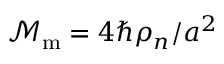
\mathcal { M } _ { \mathrm { m } } = { { 4 \hbar \rho _ { n } } / { a ^ { 2 } } }